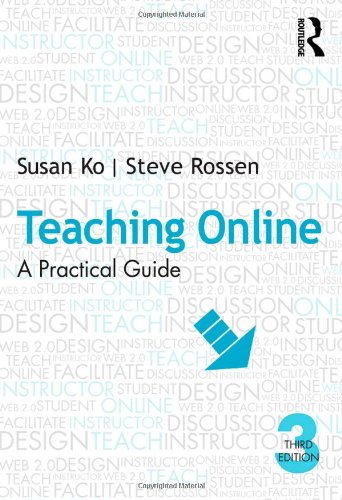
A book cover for Teaching Online: A Practical Guide; Susan Ko; Education & Teaching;